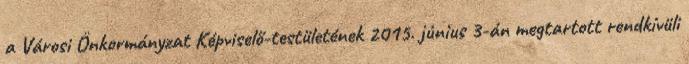
a Városi Önkormányzat Képviselő-testületének 2015. június 3-án megtartott rendkívüli